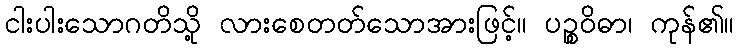
ငါးပါးသောဂတိသို့ လားစေတတ်သောအားဖြင့်။ ပဉ္စဝိဓာ၊ ကုန်၏။